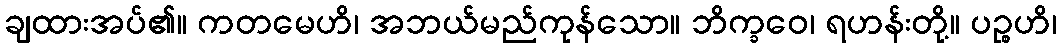
ချထားအပ်၏။ ကတမေဟိ၊ အဘယ်မည်ကုန်သော။ ဘိက္ခဝေ၊ ရဟန်းတို့။ ပဉ္စဟိ၊